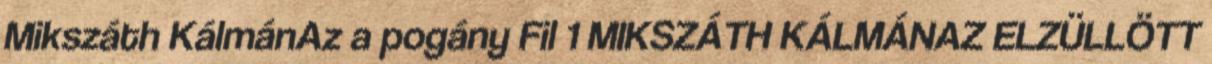
Mikszáth KálmánAz a pogány Fil 1 MIKSZÁTH KÁLMÁNAZ ELZÜLLÖTT